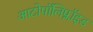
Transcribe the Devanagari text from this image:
आटोपॉलिप्लॉइड